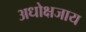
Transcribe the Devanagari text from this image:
अधोक्षजाय